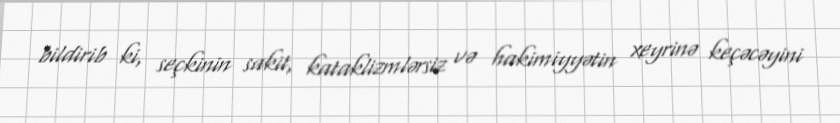
bildirib ki, seçkinin sakit, kataklizmlərsiz və hakimiyyətin xeyrinə keçəcəyini